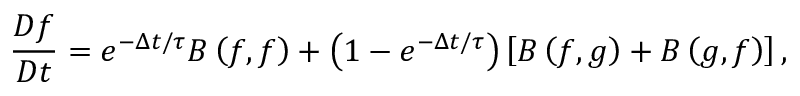
\frac { D f } { D t } = e ^ { - \Delta t / \tau } B \left( { f , f } \right) + \left( { 1 - e ^ { - \Delta t / \tau } } \right) \left[ { B \left( { f , g } \right) + B \left( { g , f } \right) } \right] ,